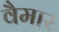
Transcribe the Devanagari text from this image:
वैमार